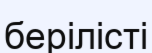
берілісті